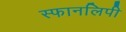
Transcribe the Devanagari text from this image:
स्फानलिपी